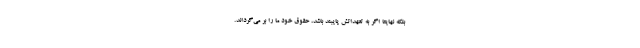
بلکه نهایتا اگر به تعهداتش پایبند باشد، حقوق خود ما را بر می‌گرداند.